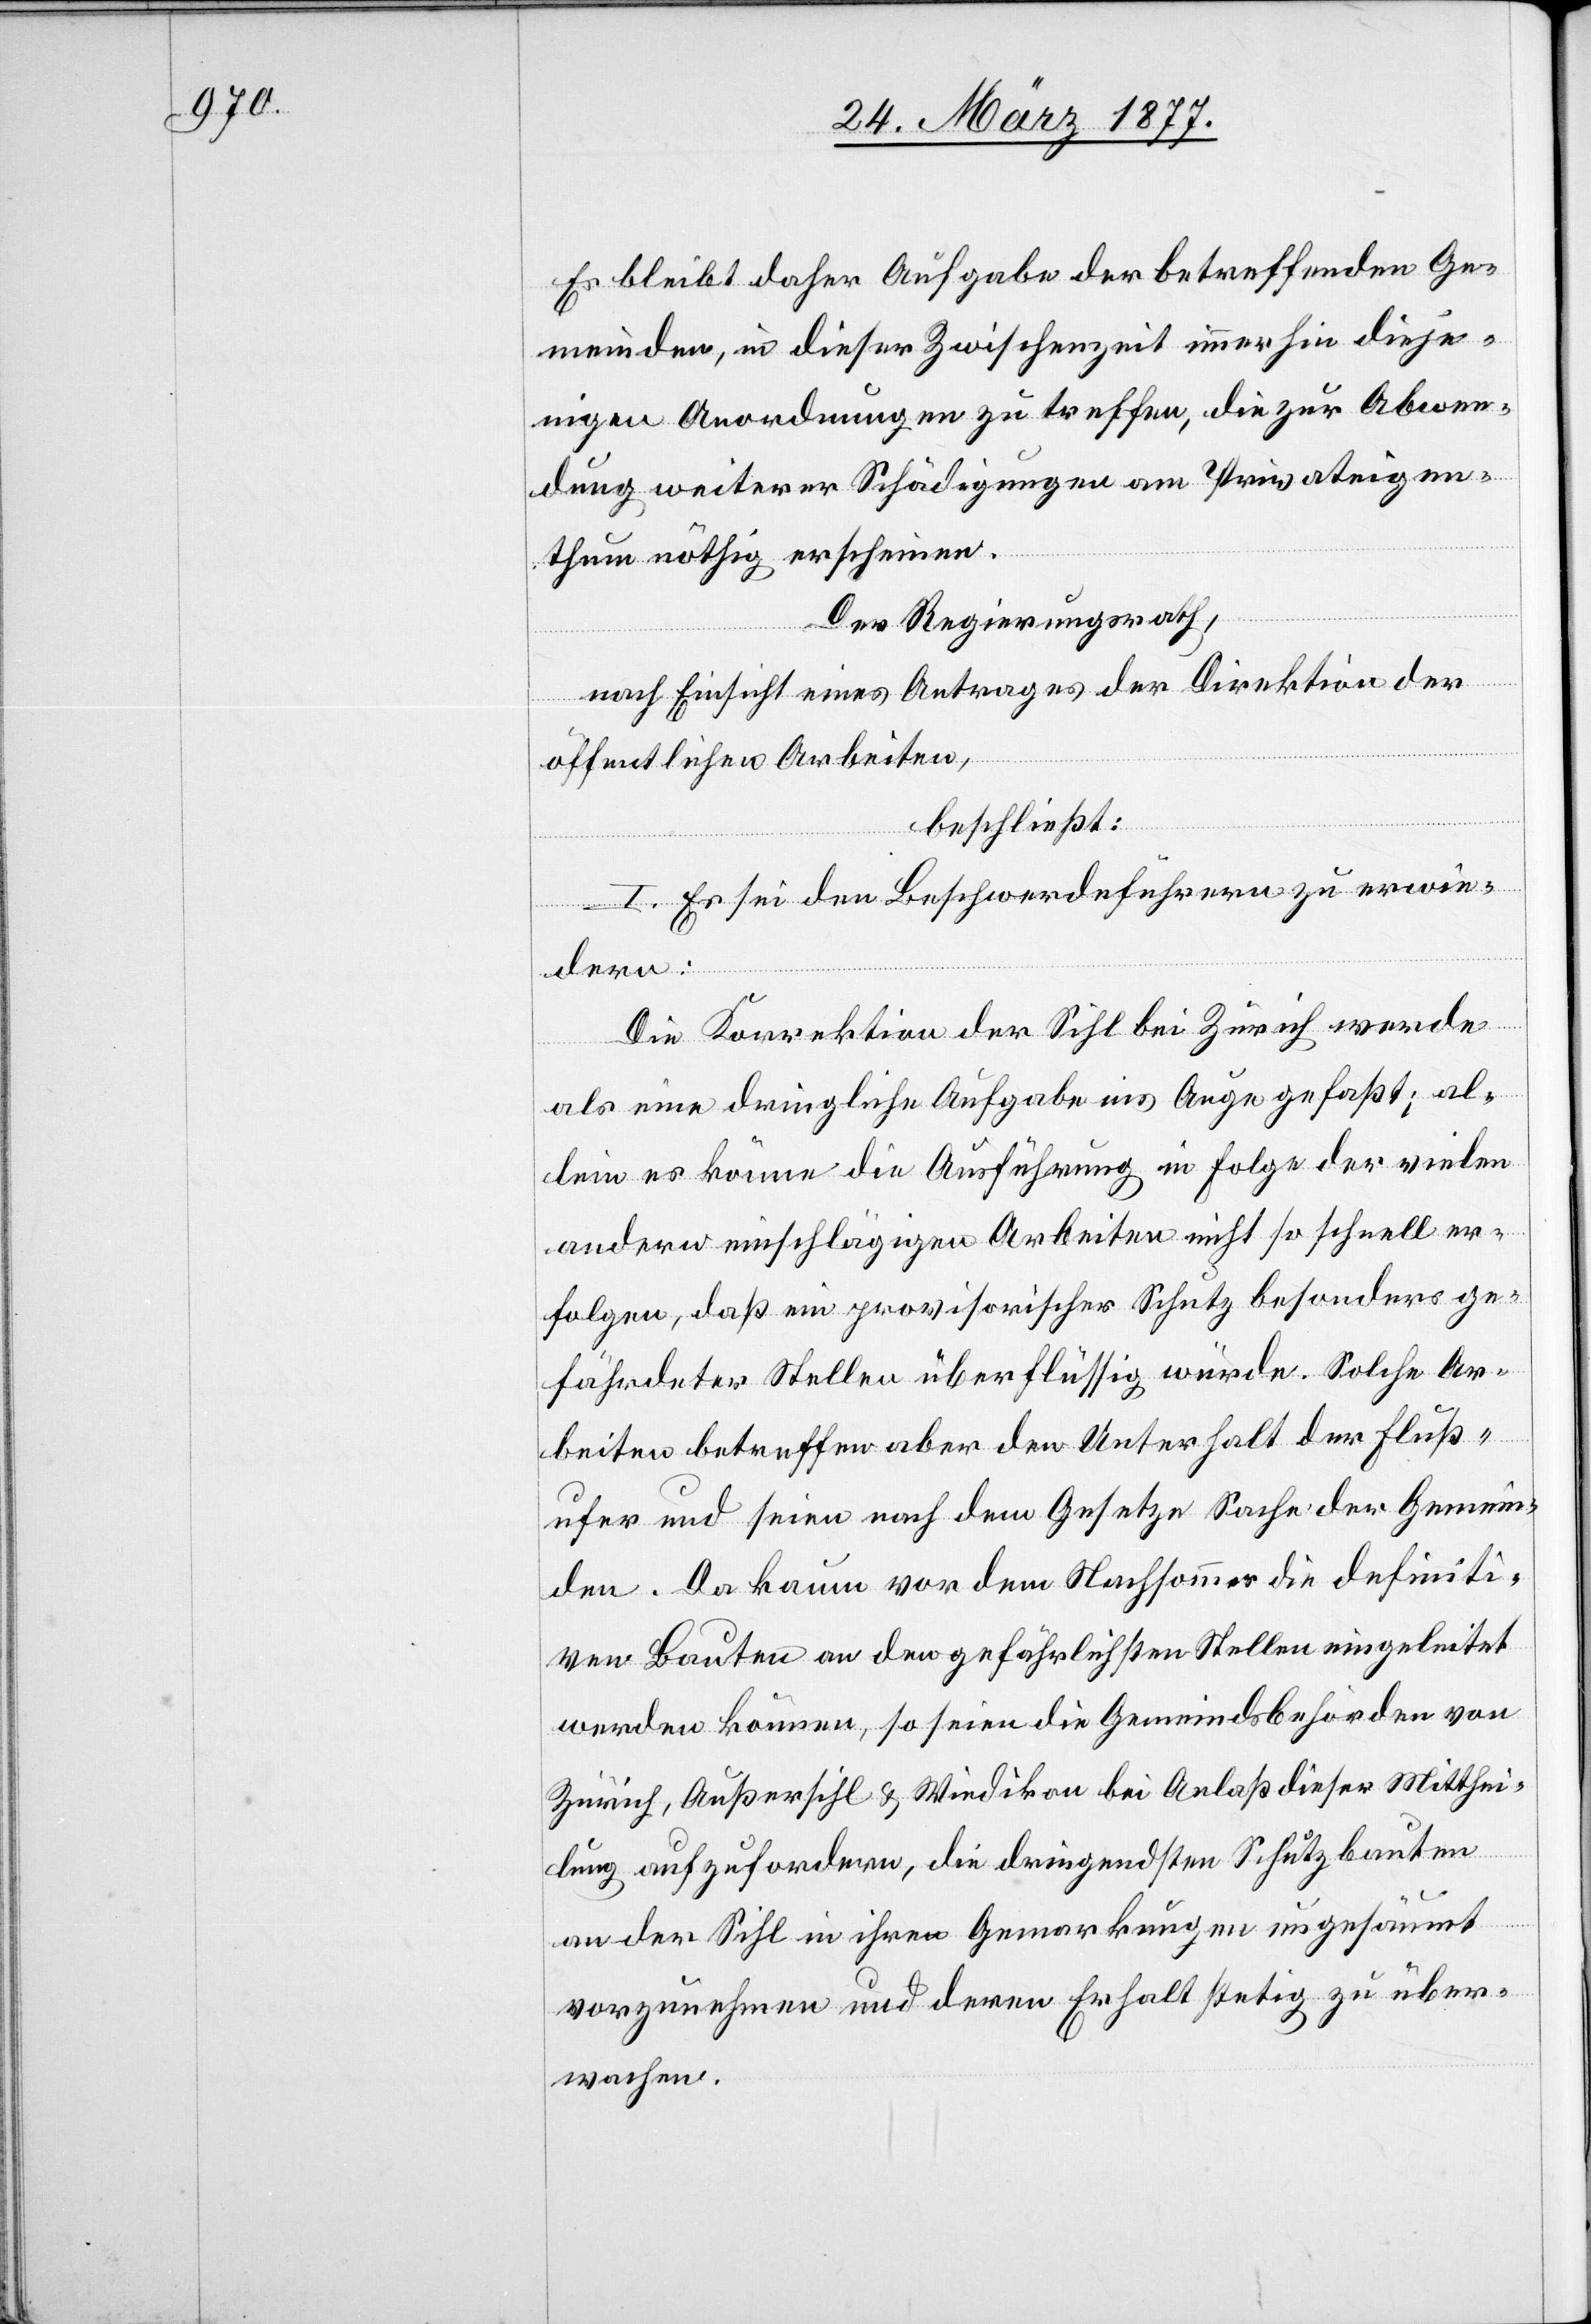
Es bleibt daher Aufgabe der betreffenden Ge¬
meinden, in dieser Zwischenzeit immerhin dieje¬
nigen Anordnungen zu treffen, die zur Abwen¬
dung weiterer Schädigungen am Privateigen¬
thum nöthig erscheinen.
Der Regierungsrath,
nach Einsicht eines Antrages der Direktion der
öffentlichen Arbeiten,
beschließt:
I. Es sei den Beschwerdeführern zu erwie¬
dern:
Die Korrektion der Sihl bei Zürich werde
als eine dringliche Aufgabe ins Auge gefaßt; al¬
lein es könne die Ausführung in Folge der vielen
andern einschlägigen Arbeiten nicht so schnell er¬
folgen, daß ein provisorischer Schutz besonders ge¬
fährdeter Stellen überflüssig würde. Solche Ar¬
beiten betreffen aber den Unterhalt der Fluß¬
ufer und seien nach dem Gesetze Sache der Gemein¬
den. Da kaum vor dem Nachsommer die definiti¬
ven Bauten an den gefährlichsten Stellen eingeleitet
werden können, so seien die Gemeindsbehörden von
Zürich, Außersihl & Wiedikon bei Anlaß dieser Mitthei¬
lung aufzufordern, die dringendsten Schutzbauten
an der Sihl in ihren Gemarkungen ungesäumt
vorzunehmen und deren Erhalt stetig zu über¬
wachen.